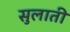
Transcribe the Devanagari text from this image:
सुलाती